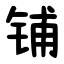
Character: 铺